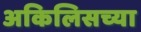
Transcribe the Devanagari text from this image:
अकिलिसच्या